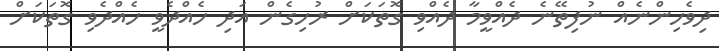
ދިވެހިންނެއް ނުފިތޭނެ ދެއްވީމާ ދެއްވި ގޮތަކަށް ރުހިގެން އަދި ހެއްދެވީ ހެއްދެވި ގޮތަކަށް